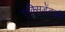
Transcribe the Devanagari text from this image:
एक्सिडेंटली